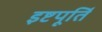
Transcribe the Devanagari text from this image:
इष्टपूर्ति